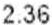
2.36